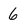
Character: 6